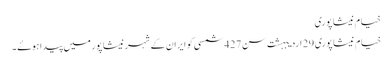
خیام نیشاپوری
خیام نیشاپوری 29 اردیبہشت سن 427 شمسی کو ایران کے شہر نیشاپور میں پیدا ہوۓ ۔